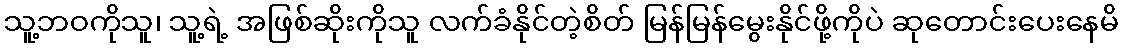
သူ့ဘဝကိုသူ၊ သူ့ရဲ့ အဖြစ်ဆိုးကိုသူ လက်ခံနိုင်တဲ့စိတ် မြန်မြန်မွေးနိုင်ဖို့ကိုပဲ ဆုတောင်းပေးနေမိ